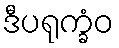
ဒီပရုက္ခံဝ